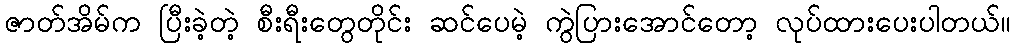
ဇာတ်အိမ်က ပြီးခဲ့တဲ့ စီးရီးတွေတိုင်း ဆင်ပေမဲ့ ကွဲပြားအောင်တော့ လုပ်ထားပေးပါတယ်။